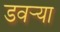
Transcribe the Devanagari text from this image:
डवऱ्या